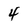
Character: 4